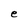
Character: e